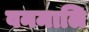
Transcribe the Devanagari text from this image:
वनमालि